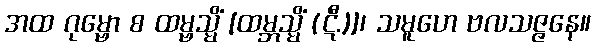
အထ ဂုမ္ဗော စ ထမ္ဗသ္မိံ [ထမ္ဘသ္မိံ (ဋီ.)]၊ သမူဟေ ဗလသဇ္ဇနေ။